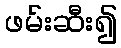
ဖမ်းဆီး၍